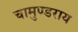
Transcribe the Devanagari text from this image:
चामुण्डराय